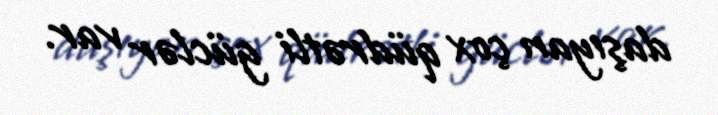
daşıyan çox qüdrətli güclər var.